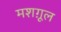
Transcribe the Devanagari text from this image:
मशग़ूल